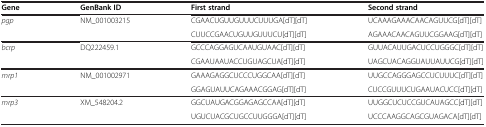
<table><thead><tr><td><b>Gene</b></td><td><b>GenBank ID</b></td><td><b>First strand</b></td><td><b>Second strand</b></td></tr></thead><tbody><tr><td rowspan="2"><i>pgp</i></td><td rowspan="2">NM_001003215</td><td>CGAACUGUUGUUUCUUUGA[dT][dT]</td><td>UCAAAGAAACAACAGUUCG[dT][dT]</td></tr><tr><td>CUUCCGAACUGUUGUUUCU[dT][dT]</td><td>AGAAACAACAGUUCGGAAG[dT][dT]</td></tr><tr><td rowspan="2"><i>bcrp</i></td><td rowspan="2">DQ222459.1</td><td>GCCCAGGAGUCAAUGUAAC[dT][dT]</td><td>GUUACAUUGACUCCUGGGC[dT][dT]</td></tr><tr><td>CGAAUAAUACCUGUAGCUA[dT][dT]</td><td>UAGCUACAGGUAUUAUUCG[dT][dT]</td></tr><tr><td rowspan="2"><i>mrp1</i></td><td rowspan="2">NM_001002971</td><td>GAAAGAGGCUCCCUGGCAA[dT][dT]</td><td>UUGCCAGGGAGCCUCUUUC[dT][dT]</td></tr><tr><td>GGAGUAUUCAGAAACGGAG[dT][dT]</td><td>CUCCGUUUCUGAAUACUCC[dT][dT]</td></tr><tr><td rowspan="2"><i>mrp3</i></td><td rowspan="2">XM_548204.2</td><td>GGCUAUGACGGAGAGCCAA[dT][dT]</td><td>UUGGCUCUCCGUCAUAGCC[dT][dT]</td></tr><tr><td>UGUCUACGCUGCCUUGGGA[dT][dT]</td><td>UCCCAAGGCAGCGUAGACA[dT][dT]</td></tr></tbody></table>